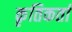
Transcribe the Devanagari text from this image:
कृतिकर्ता